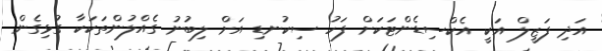
އަދި ފަޒީލް އަކީ އެކްސިޑެންޓަކަށް ފަހު ސިކުނޑި އަށް ލިބުނު ގެއްލުންތަކަކާ ގުޅިގެން